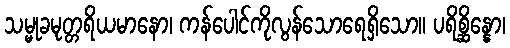
သမ္မုခမုတ္တရိယမာနော၊ ကန်ပေါင်ကိုလွန်သောရေရှိသော။ ပရိစ္ဆိန္နော၊